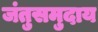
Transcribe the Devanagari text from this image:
जंतुसमुदाय